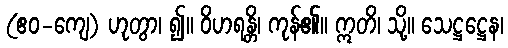
(ဧဝ-ကျေ) ဟုတွာ၊ ၍။ ဝိဟရန္တိ၊ ကုန်၏။ ဣတိ၊ သို့။ သေဋ္ဌဋ္ဌေန၊